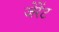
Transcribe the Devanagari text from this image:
जेरेंट